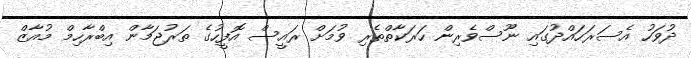
ދުވަހު އެސަރަހައްދުގައި ނޫސްވެރިން ހަރަކާތްތެރި ވުމަށް ރައީސް އޮފީހުގެ ތަރުޖަމާން އިބްރާހިމް މުއާޒް